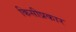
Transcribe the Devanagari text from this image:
किसीप्रकार